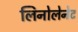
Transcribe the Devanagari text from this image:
लिनोलेनेट